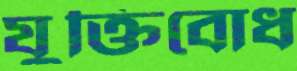
যুক্তিবোধ